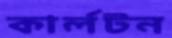
কার্লটন